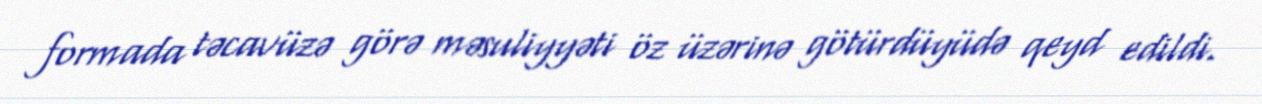
formada təcavüzə görə məsuliyyəti öz üzərinə götürdüyüdə qeyd edildi.